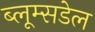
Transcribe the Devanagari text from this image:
ब्लूम्सडेल